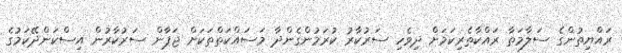
ރައްޔިތުންގެ ސަލާމަތާ ރައްކާތެރިކަމަށް ދިވެހި ސަރުކާރު ކުރަމުންގެންދާ މަސައްކަތްތަކަށް ޖަޕާން ސަރުކާރުން އިސްކަންދޭކަމުގެ